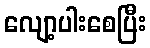
လျော့ပါးစေပြီး